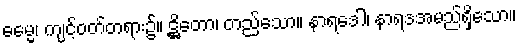
ဓမ္မေ၊ ကျင့်ဝတ်တရား၌။ ဋ္ဌိတော၊ တည်သော။ နာရဒေါ၊ နာရဒအမည်ရှိသော။